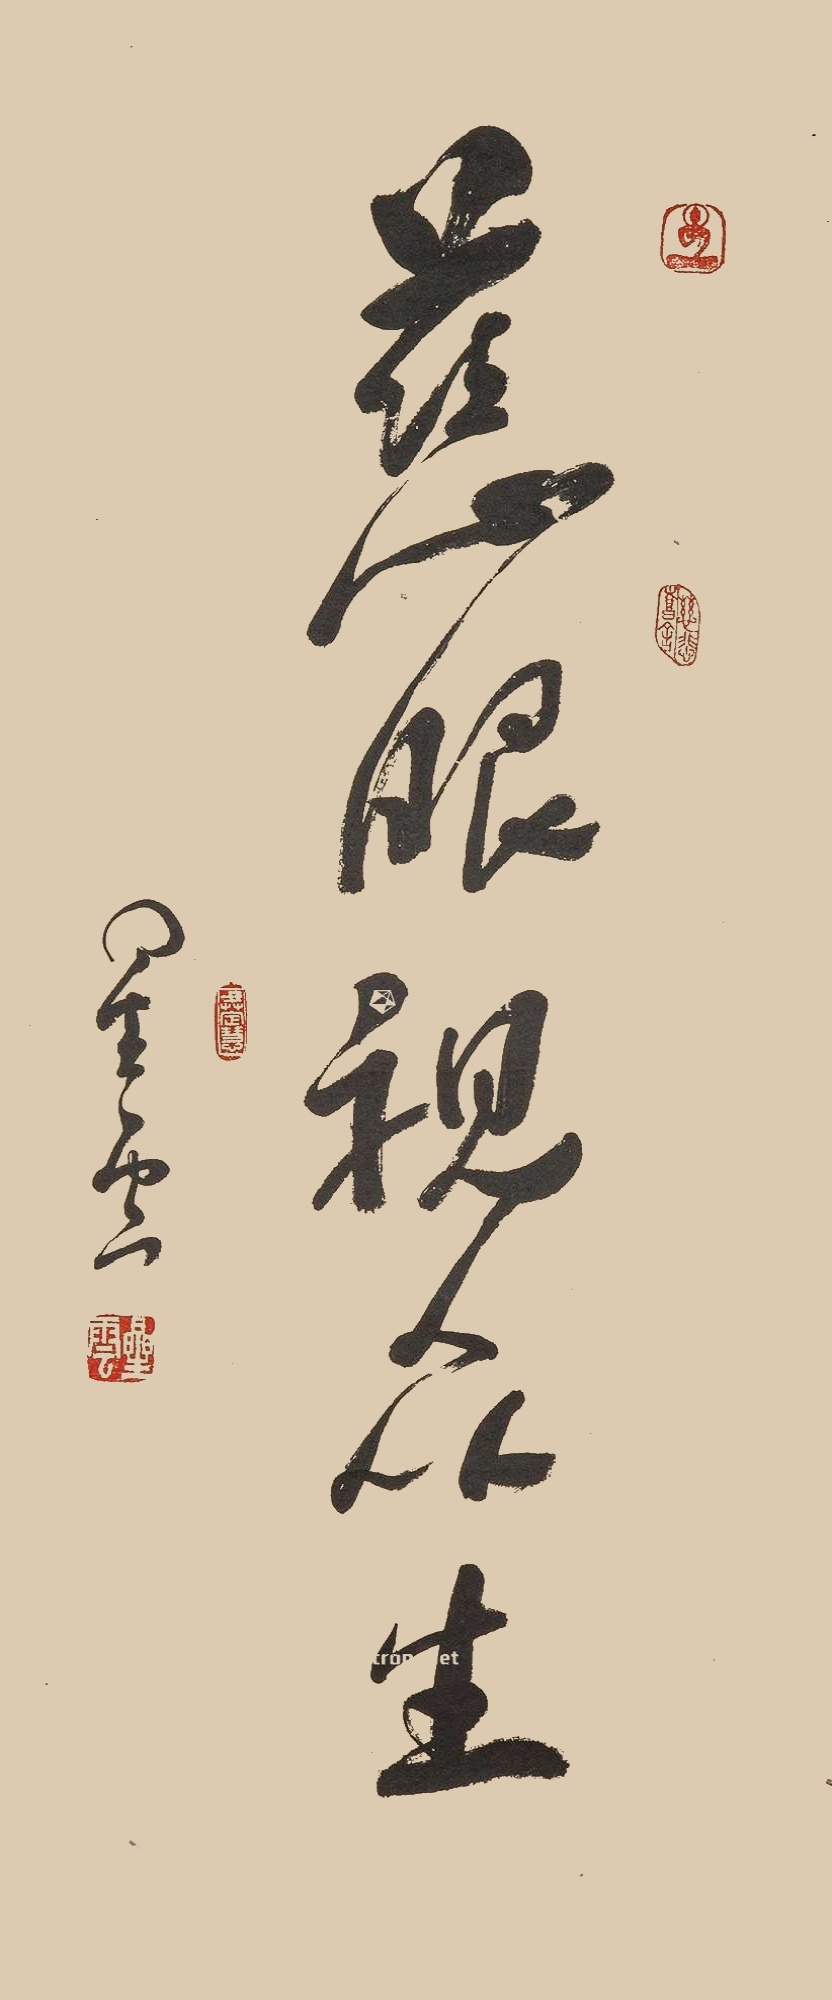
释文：慈眼视众生。星云。